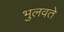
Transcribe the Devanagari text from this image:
भुलवते